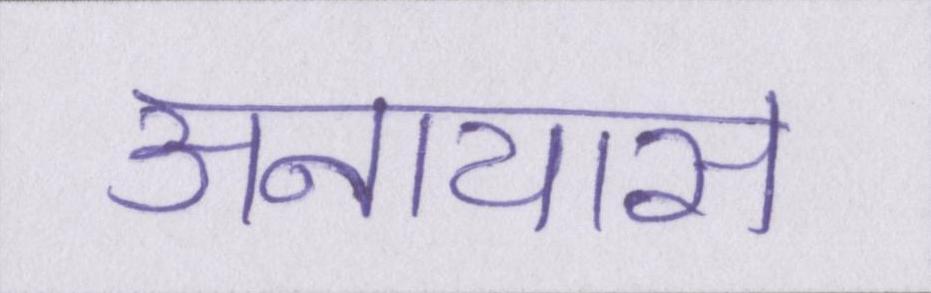
अनायास